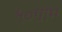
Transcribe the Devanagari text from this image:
५०ग्राम